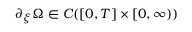
\partial _ { \xi } \Omega \in C ( [ 0 , T ] \times [ 0 , \infty ) )